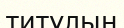
титулын